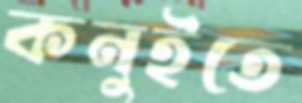
কনুইতে